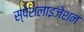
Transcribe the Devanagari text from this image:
स्पेशलाइजेशन